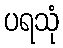
ပရသုံ